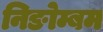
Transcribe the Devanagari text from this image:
निङोम्बम